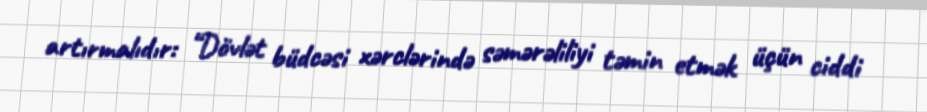
artırmalıdır: “Dövlət büdcəsi xərclərində səmərəliliyi təmin etmək üçün ciddi